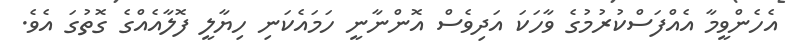
އެހެންވީމާ އެއްފަސްކުރުމުގެ ވާހަކަ އަދިވެސް އޮންނާނީ ހަމައެކަނި ހިޔާލީ ފޮލާއެއްގެ ގޮތުގަ އެވެ.